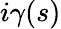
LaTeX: i\gamma(s)